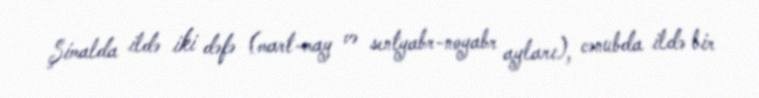
Şimalda ildə iki dəfə (mart-may və sentyabr-noyabr ayları), cənubda ildə bir